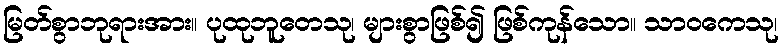
မြတ်စွာဘုရားအား။ ပုထုဘူတေသု၊ များစွာဖြစ်၍ ဖြစ်ကုန်သော။ သာဝကေသု၊